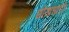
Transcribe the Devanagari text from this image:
धोखधाडी